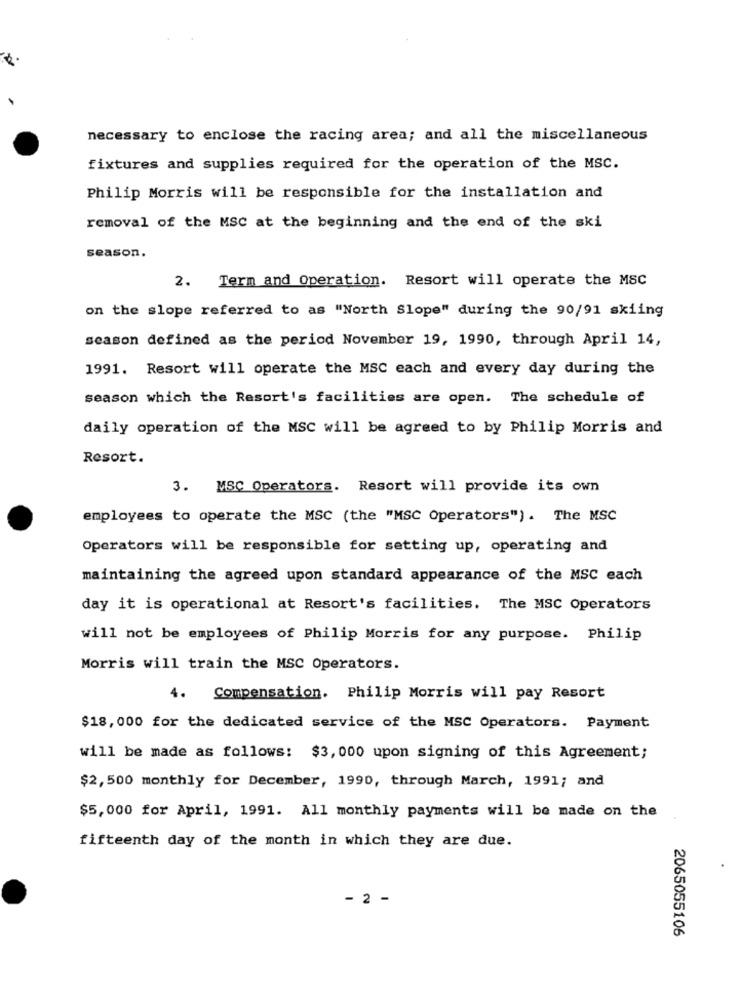
necessary to enclose the racing area; and all the miscellaneous
fixtures and supplies required for the operation of the MSC.
Philip Morris will be responsible for the installation and
removal of the MSC at the beginning and the end of the ski
season.
2. Term and Operation. Resort will operate the MSC
on the slope referred to as "North Slope" during the 90/91 skiing
season defined as the period November 19, 1990, through April 14,
1991. Resort will operate the MSC each and every day during the
season which the Resort's facilities are open. The schedule of
daily operation of the MSC will be agreed to by Philip Morris and
Resort.
3. MSC Operators. Resort will provide its own
employees to operate the MSC (the "MSC Operators") . The MSC
Operators will be responsible for setting up, operating and
maintaining the agreed upon standard appearance of the MSC each
day it is operational at Resort's facilities. The MSC Operators
will not be employees of Philip Morris for any purpose. Philip
Morris will train the MSC Operators.
4.
Compensation. Philip Morris will pay Resort
$18, 000 for the dedicated service of the MSC Operators. Payment
will be made as follows: $3, 000 upon signing of this Agreement;
$2, 500 monthly for December, 1990, through March, 1991; and
$5,000 for April, 1991. All monthly payments will be made on the
fifteenth day of the month in which they are due.
- 2 -
2065055106